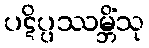
ပဋိပ္ပဿမ္ဘိံသု